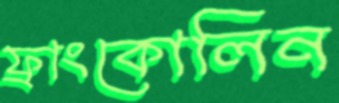
ফ্রাংকোলিন